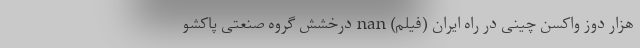
هزار دوز واکسن چینی در راه ایران (فیلم) nan درخشش گروه صنعتی پاکشو